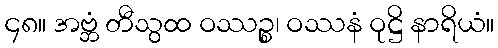
၄၈။ အဗ္ဘံ တီသွထ ဝဿဉ္စ၊ ဝဿနံ ဝုဋ္ဌိ နာရိယံ။